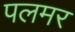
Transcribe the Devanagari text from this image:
पलमर